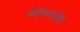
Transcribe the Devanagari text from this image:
कॉमनसेंस